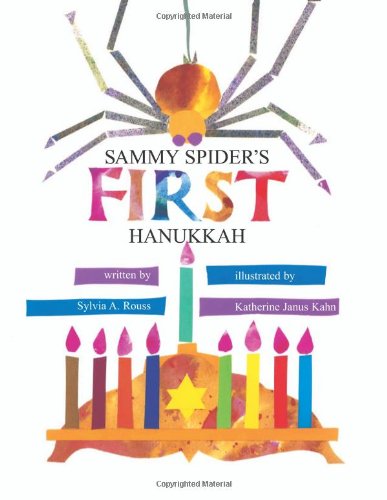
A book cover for Sammy Spider's First Hanukkah (Sammy Spider's First Books); Sylvia A. Rouss; Children's Books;